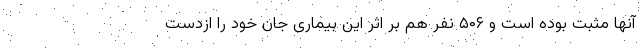
آنها مثبت بوده است و ۵۰۶ نفر هم بر اثر این بیماری جان خود را ازدست